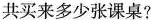
共买来多少张课桌?